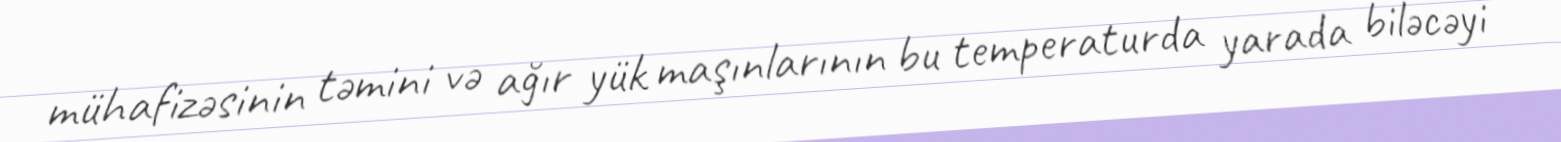
mühafizəsinin təmini və ağır yük maşınlarının bu temperaturda yarada biləcəyi